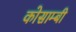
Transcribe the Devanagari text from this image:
कोसाम्बी